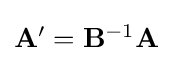
{\textstyle \mathbf {A'} =\mathbf {B} ^{-1}\mathbf {A} }